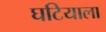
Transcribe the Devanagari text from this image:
घटियाला